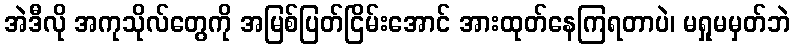
အဲဒီလို အကုသိုလ်တွေကို အမြစ်ပြတ်ငြိမ်းအောင် အားထုတ်နေကြရတာပဲ၊ မရှုမမှတ်ဘဲ